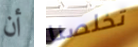
أن تخلصنا